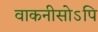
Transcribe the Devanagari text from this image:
वाकनीसोऽपि